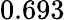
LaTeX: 0.693